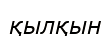
қылқын